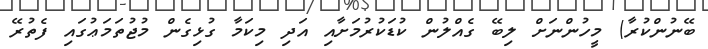
ބޭނުންކުރާ) މީހުންނަށް ލިބޭ ގެއްލުން ކުޑަކުރުމަށާއި އަދި މިކަމާ ގުޅިގެން މުޖުތަމަޢުގައި ފެތުރޭ